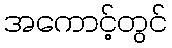
အကောင့်တွင်